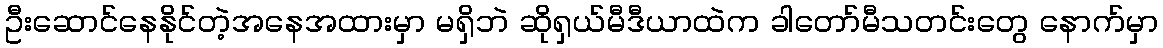
ဦးဆောင်နေနိုင်တဲ့အနေအထားမှာ မရှိဘဲ ဆိုရှယ်မီဒီယာထဲက ခါတော်မီသတင်းတွေ နောက်မှာ